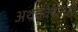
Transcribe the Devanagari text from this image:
अथर्ववेदातही